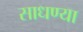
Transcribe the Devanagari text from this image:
साधण्या